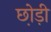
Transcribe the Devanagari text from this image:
छो़ड़ी